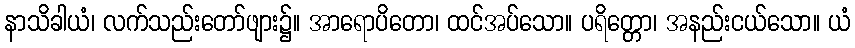
နာသိခါယံ၊ လက်သည်းတော်ဖျား၌။ အာရောပိတော၊ ထင်အပ်သော။ ပရိတ္တော၊ အနည်းငယ်သော။ ယံ